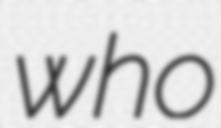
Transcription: who